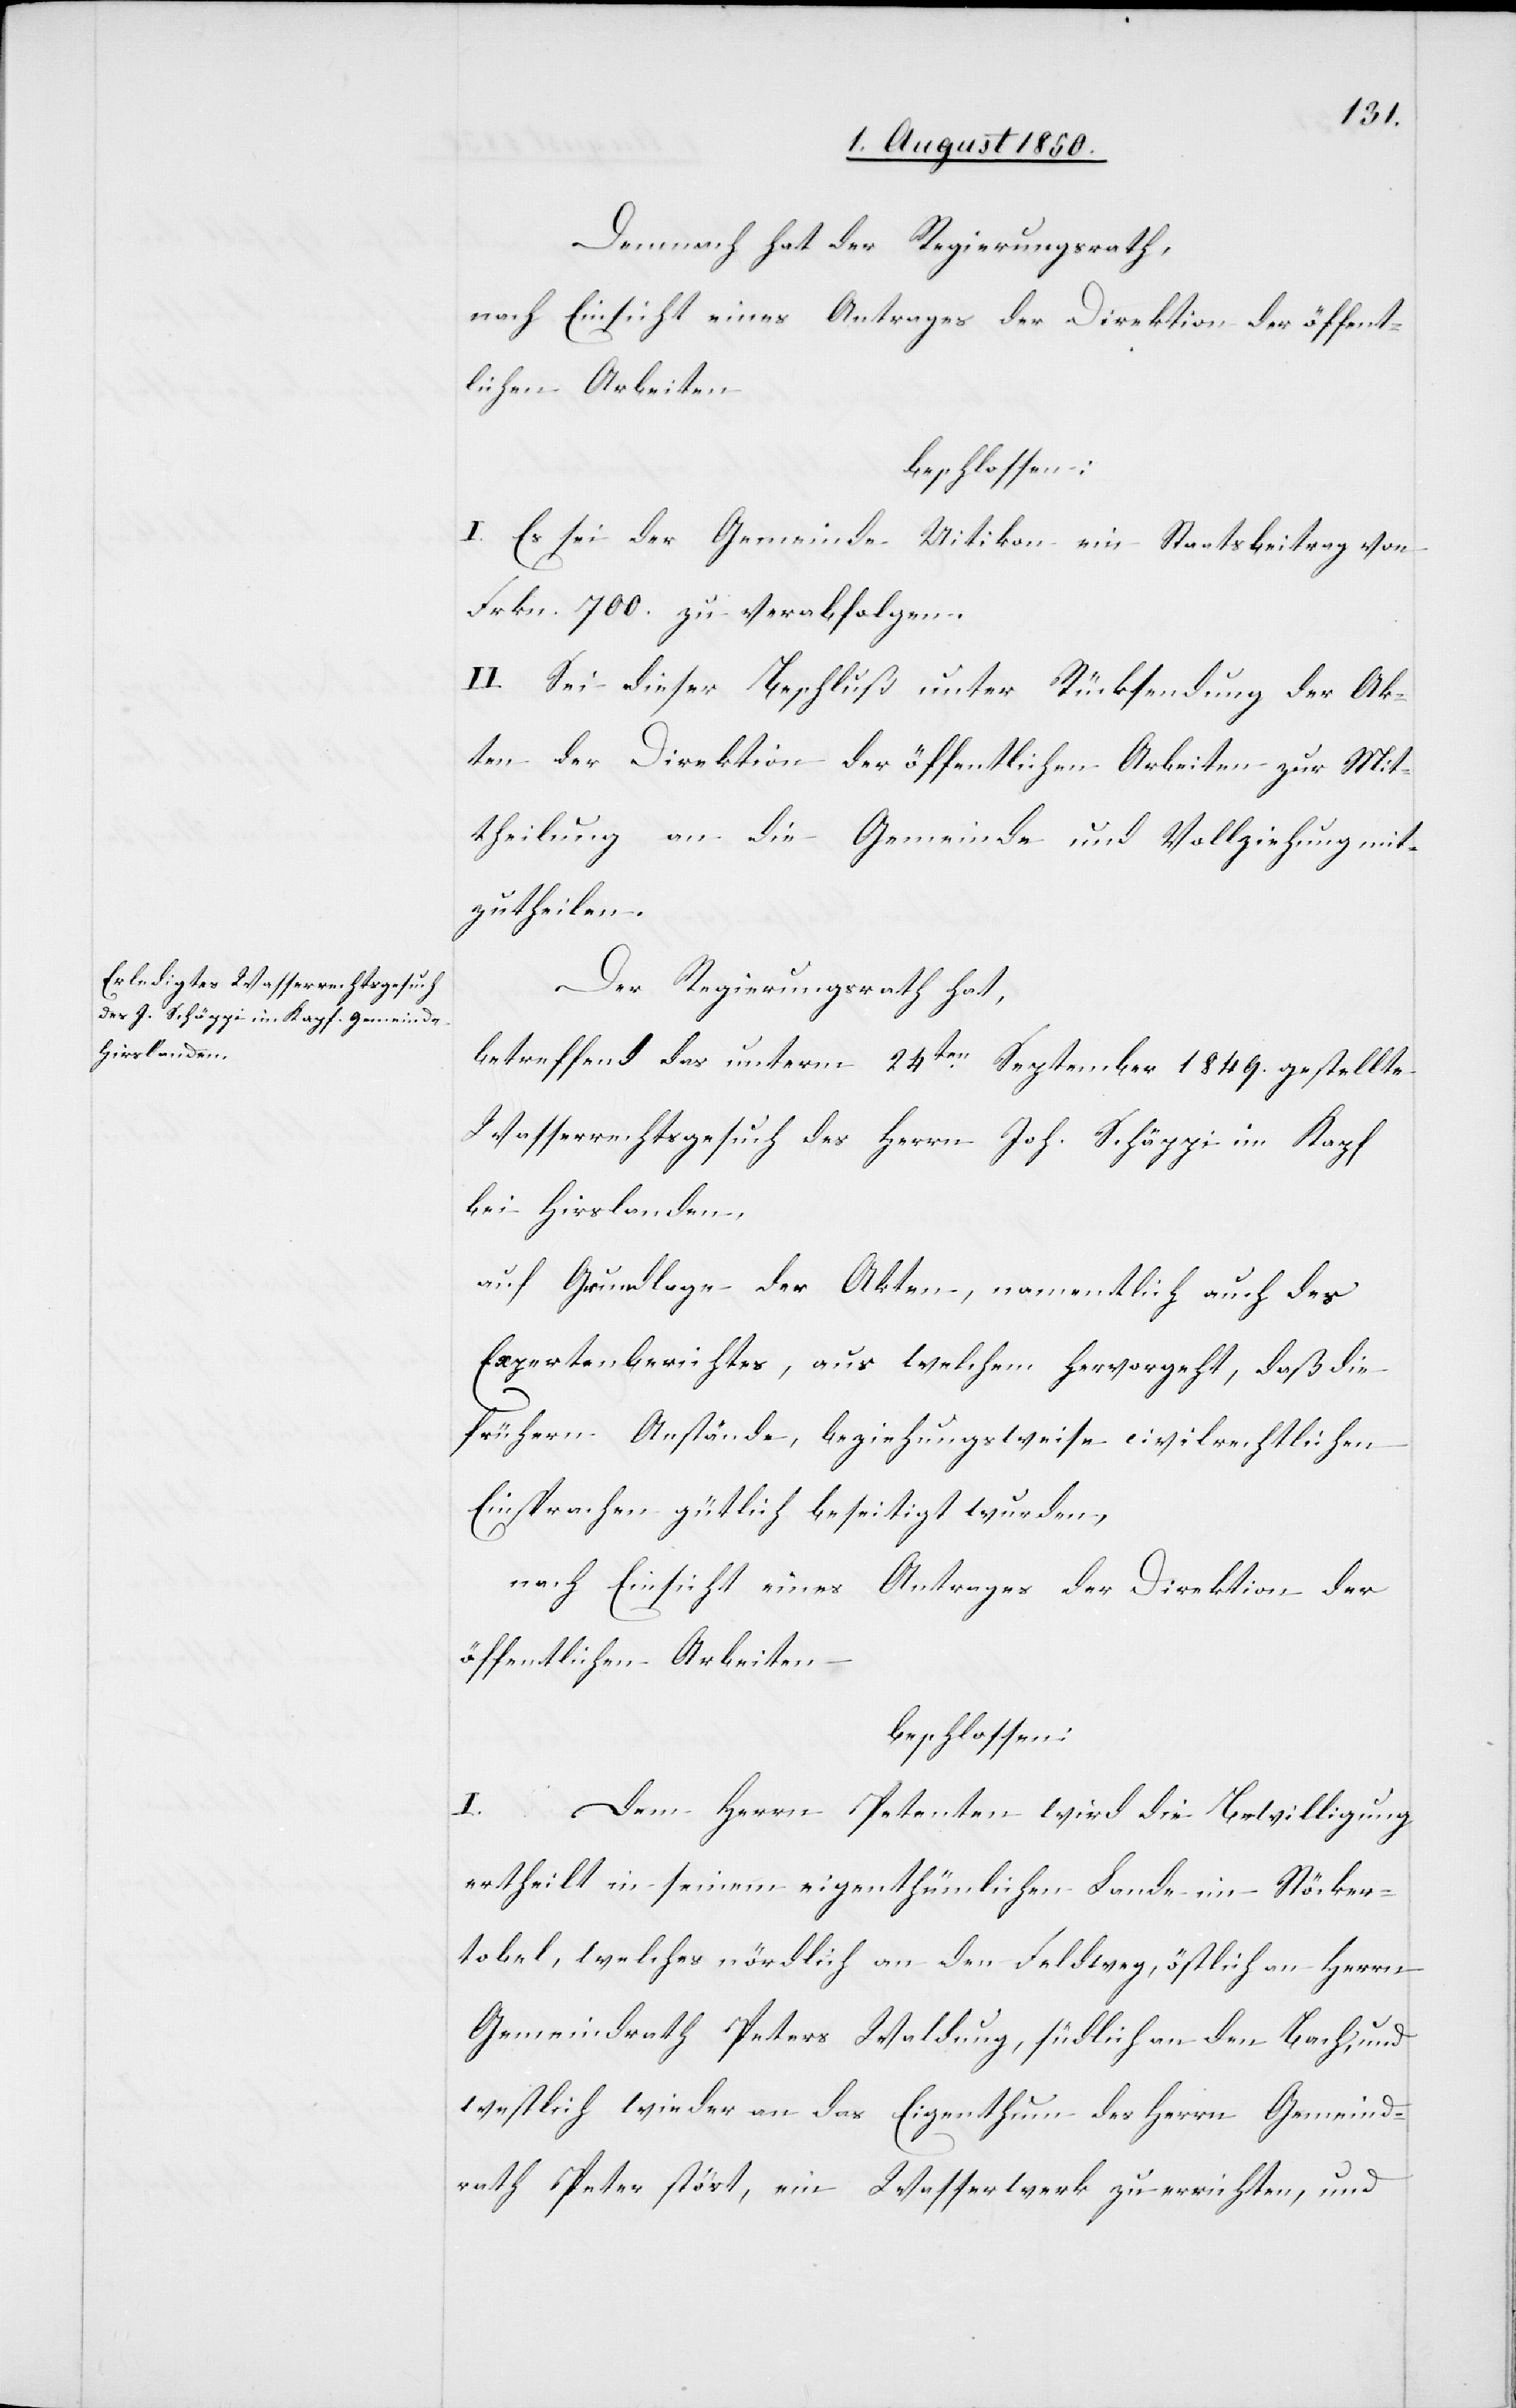
Demnach hat der Regierungsrath,
nach Einsicht eines Antrages der Direktion der öffent¬
lichen Arbeiten
beschlossen:
I. Es sei der Gemeinde Uitikon ein Staatsbeitrag von
Frkn. 700. zu verabfolgen.
II. Sei dieser Beschluß unter Rücksendung der Ak¬
ten der Direktion der öffentlichen Arbeiten zur Mit¬
theilung an die Gemeinde und Vollziehung mit¬
zutheilen.
Der Regierungsrath hat,
betreffend das unterm 24ten September 1849. gestellte
Wasserrechtsgesuch des Herrn Joh. Schäppi im Kapf
bei Hirslanden,
auf Grundlage der Akten, namentlich auch des
Expertenberichtes, aus welchem hervorgeht, daß die
frühern Anstände, beziehungsweise civilrechtlichen
Einsprachen gütlich beseitigt wurden,
nach Einsicht eines Antrages der Direktion der
öffentlichen Arbeiten
beschlossen:
I. Dem Herrn Petenten wird die Bewilligung
ertheilt in seinem eigenthümlichen Lande im Stöcker¬
tobel, welches nördlich an den Feldweg, östlich an Herrn
Gemeindrath Peters Waldung, südlich an den Bach, und
westlich wieder an das Eigenthum des Herrn Gemeind¬
rath Peter stöst, ein Wasserwerk zu errichten, und